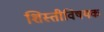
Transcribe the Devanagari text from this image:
शिस्तीविषयक